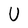
Character: U